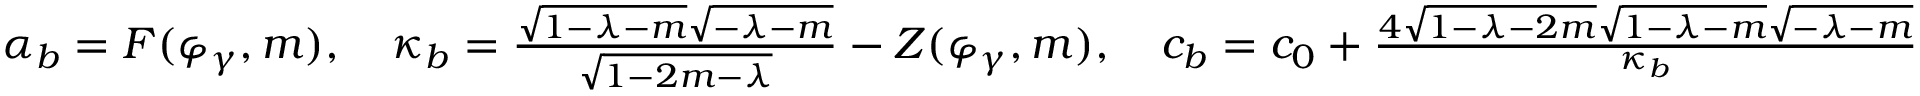
\begin{array} { r } { \alpha _ { b } = F ( \varphi _ { \gamma } , m ) , \quad \kappa _ { b } = \frac { \sqrt { 1 - \lambda - m } \sqrt { - \lambda - m } } { \sqrt { 1 - 2 m - \lambda } } - Z ( \varphi _ { \gamma } , m ) , \quad c _ { b } = c _ { 0 } + \frac { 4 \sqrt { 1 - \lambda - 2 m } \sqrt { 1 - \lambda - m } \sqrt { - \lambda - m } } { \kappa _ { b } } } \end{array}